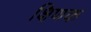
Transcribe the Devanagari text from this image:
क्षिणक